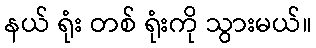
နယ် ရုံး တစ် ရုံးကို သွားမယ်။